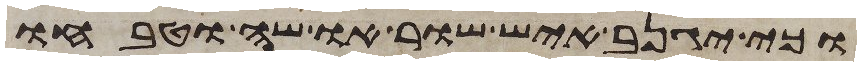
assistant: וכי יגנב איש שור או שה וטבחו